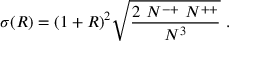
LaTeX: \sigma ( R ) = ( 1 + R ) ^ { 2 } \sqrt { \frac { 2 \ N ^ { - + } \ N ^ { + + } } { N ^ { 3 } } } \ .